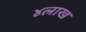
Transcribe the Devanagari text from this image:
४लाख